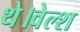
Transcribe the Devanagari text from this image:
थे।वेल्श